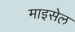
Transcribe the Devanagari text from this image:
माइसेल